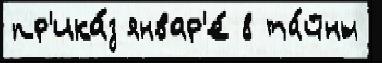
пр'ика́з январ'е́ 8 та́йны